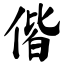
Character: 偕